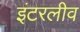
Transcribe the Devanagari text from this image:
इंटरलीव